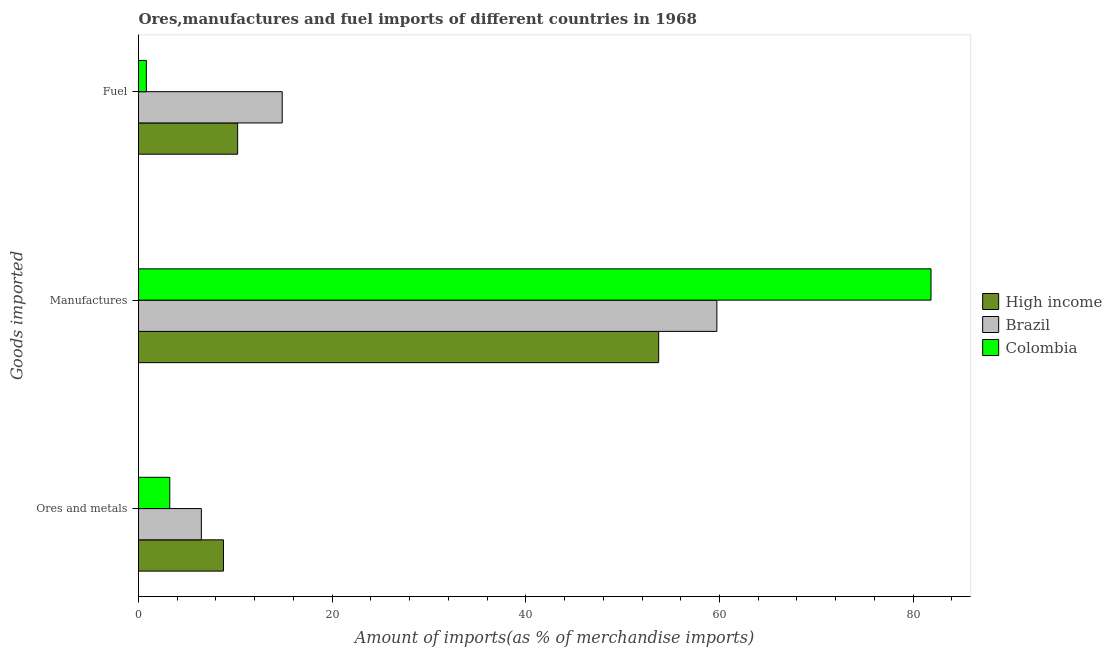
| Goods imported | High income | Brazil | Colombia |
 | --- | --- | --- | --- |
 | Ores and metals | 8.77 | 6.49 | 3.23 |
 | Manufactures | 53.7 | 59.7 | 81.8 |
 | Fuel | 10.2 | 14.8 | 0.807 |